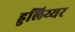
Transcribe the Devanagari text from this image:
हुलिय्यर